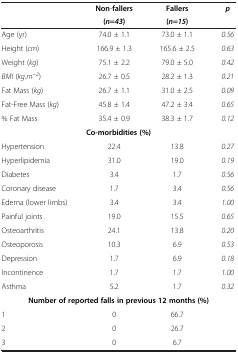
<table><thead><tr><td><b> </b></td><td><b>Non-fallers</b></td><td><b>Fallers</b></td><td><b><i>p</i></b></td></tr><tr><td><b> </b></td><td><b>( <i>n </i>= <i>43 </i>)</b></td><td><b>( <i>n </i>= <i>15 </i>)</b></td><td><b> </b></td></tr></thead><tbody><tr><td>Age (yr)</td><td>74.0 ± 1.1</td><td>73.0 ± 1.1</td><td><i>0.56</i></td></tr><tr><td>Height (<i>cm</i>)</td><td>166.9 ± 1.3</td><td>165.6 ± 2.5</td><td><i>0.63</i></td></tr><tr><td>Weight (<i>kg</i>)</td><td>75.1 ± 2.2</td><td>79.0 ± 5.0</td><td><i>0.42</i></td></tr><tr><td><i>BMI</i> (<i>kg.m</i><sup>−<i>2</i></sup>)</td><td>26.7 ± 0.5</td><td>28.2 ± 1.3</td><td><i>0.21</i></td></tr><tr><td>Fat Mass (<i>kg</i>)</td><td>26.7 ± 1.1</td><td>31.0 ± 2.5</td><td><i>0.09</i></td></tr><tr><td>Fat-Free Mass (<i>kg</i>)</td><td>45.8 ± 1.4</td><td>47.2 ± 3.4</td><td><i>0.65</i></td></tr><tr><td>% Fat Mass</td><td>35.4 ± 0.9</td><td>38.3 ± 1.7</td><td><i>0.12</i></td></tr><tr><td colspan="4"><b>Co-morbidities (%)</b></td></tr><tr><td>Hypertension</td><td>22.4</td><td>13.8</td><td><i>0.27</i></td></tr><tr><td>Hyperlipidemia</td><td>31.0</td><td>19.0</td><td><i>0.19</i></td></tr><tr><td>Diabetes</td><td>3.4</td><td>1.7</td><td><i>0.56</i></td></tr><tr><td>Coronary disease</td><td>1.7</td><td>3.4</td><td><i>0.56</i></td></tr><tr><td>Edema (lower limbs)</td><td>3.4</td><td>3.4</td><td><i>1.00</i></td></tr><tr><td>Painful joints</td><td>19.0</td><td>15.5</td><td><i>0.65</i></td></tr><tr><td>Osteoarthritis</td><td>24.1</td><td>13.8</td><td><i>0.20</i></td></tr><tr><td>Osteoporosis</td><td>10.3</td><td>6.9</td><td><i>0.53</i></td></tr><tr><td>Depression</td><td>1.7</td><td>6.9</td><td><i>0.18</i></td></tr><tr><td>Incontinence</td><td>1.7</td><td>1.7</td><td><i>1.00</i></td></tr><tr><td>Asthma</td><td>5.2</td><td>1.7</td><td><i>0.32</i></td></tr><tr><td colspan="4"><b>Number of reported falls in previous 12 months (%)</b></td></tr><tr><td>1</td><td>0</td><td>66.7</td><td> </td></tr><tr><td>2</td><td>0</td><td>26.7</td><td> </td></tr><tr><td>3</td><td>0</td><td>6.7</td><td> </td></tr></tbody></table>